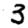
Digit: 3